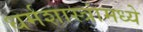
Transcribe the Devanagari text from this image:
धर्मशास्त्रांमध्ये